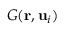
G ( \mathbf { r } , \mathbf { u } _ { i } )